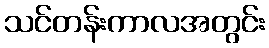
သင်တန်းကာလအတွင်း